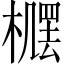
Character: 𪳴